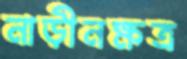
নাড়ীনক্ষত্র